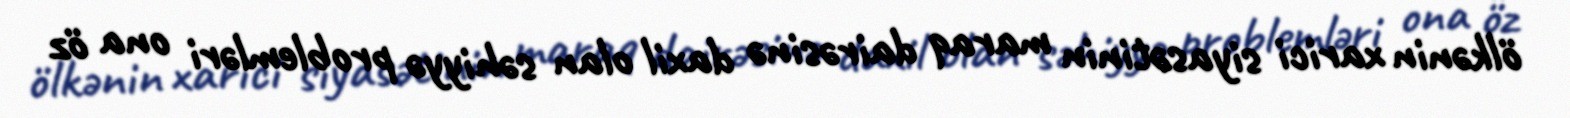
ölkənin xarici siyasətinin maraq dairəsinə daxil olan səhiyyə problemləri ona öz